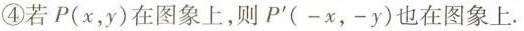
④若P(x，y)在图象上，则P^{\prime}(-x，-y)也在图象上.